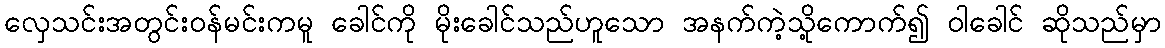
လှေသင်းအတွင်းဝန်မင်းကမူ ခေါင်ကို မိုးခေါင်သည်ဟူသော အနက်ကဲ့သို့ကောက်၍ ဝါခေါင် ဆိုသည်မှာ